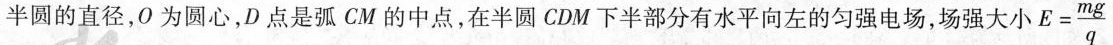
半圆的直径，0为圆心，D点是弧CM的中点，在半圆CDM下半部分有水平向左的匀强电场，场强大小 $$E = \frac { m g } { q }$$